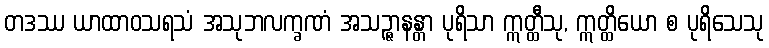
တဒဿ ယာထာဝသရသံ အသုဘလက္ခဏံ အသဉ္ဇာနန္တာ ပုရိသာ ဣတ္ထီသု, ဣတ္ထိယော စ ပုရိသေသု